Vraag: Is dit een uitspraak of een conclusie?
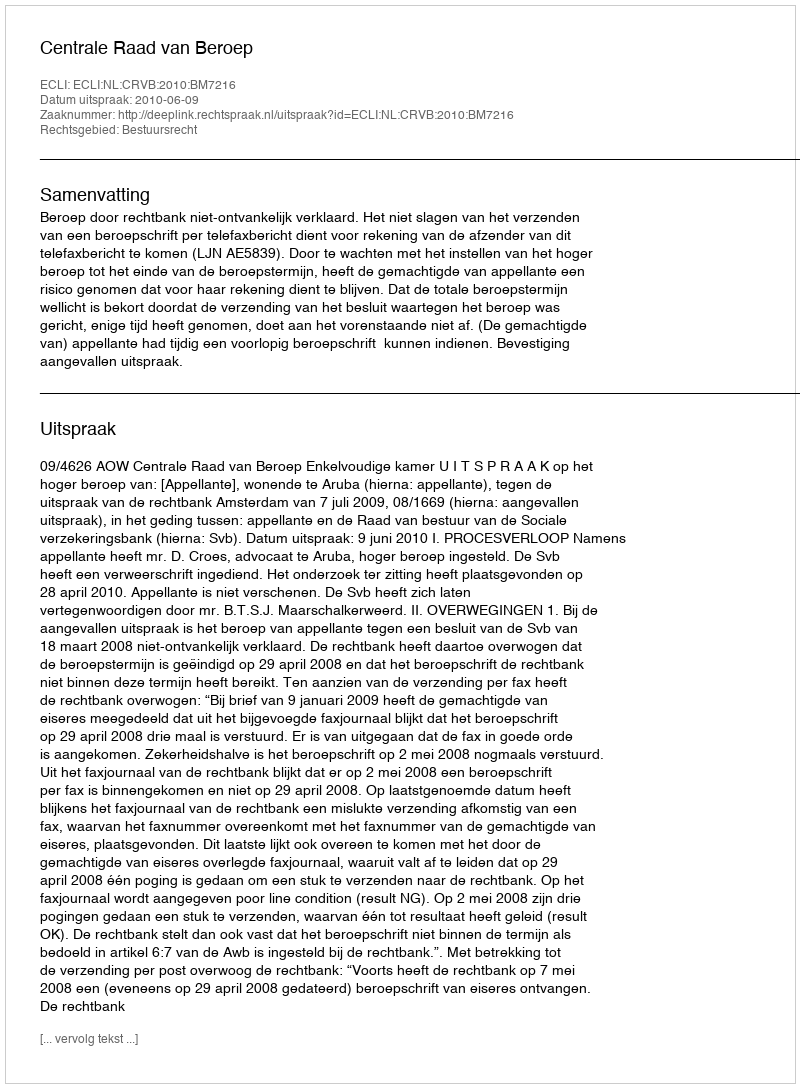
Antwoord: Uitspraak